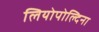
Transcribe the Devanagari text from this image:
लियोपोल्दिना